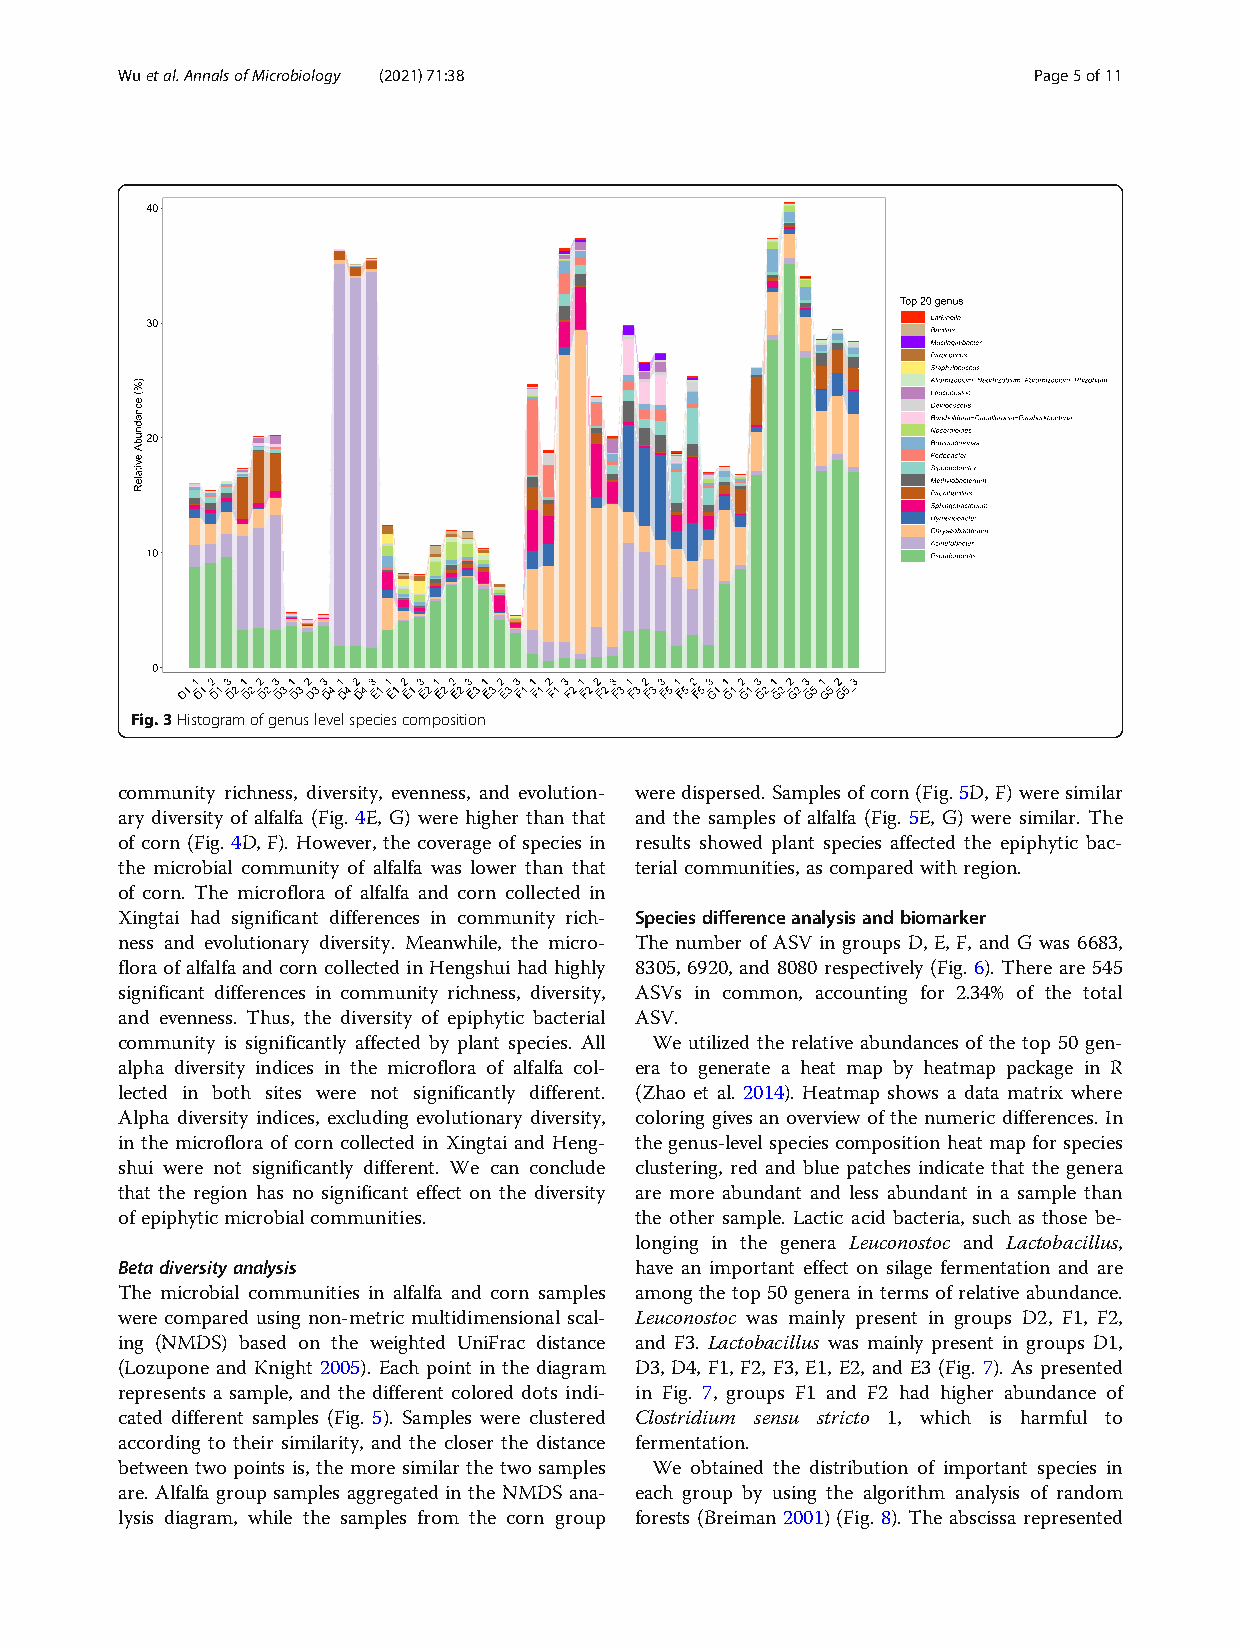
Wuetal.AnnalsofMicrobiology (2021) 71:38                    Page5of11
 Fig.3Histogramofgenuslevelspeciescomposition
 community richness, diversity, evenness, and evolution- were dispersed.Samplesof corn(Fig.5D, F) were similar
 ary diversity of alfalfa (Fig. 4E, G) were higher than that and the samples of alfalfa (Fig. 5E, G) were similar. The
 of corn (Fig. 4D, F). However, the coverage of species in results showed plant species affected the epiphytic bac-
 the microbial community of alfalfa was lower than that terial communities, ascomparedwith region.
 of corn. The microflora of alfalfa and corn collected in
 Xingtai had significant differences in community rich- Speciesdifferenceanalysisandbiomarker
 ness and evolutionary diversity. Meanwhile, the micro- The number of ASV in groups D, E, F, and G was 6683,
 floraofalfalfa andcorn collected inHengshuihad highly 8305, 6920, and 8080 respectively (Fig. 6). There are 545
 significant differences in community richness, diversity, ASVs in common, accounting for 2.34% of the total
 and evenness. Thus, the diversity of epiphytic bacterial ASV.
 community is significantly affected by plant species. All We utilized the relative abundances of the top 50 gen-
 alpha diversity indices in the microflora of alfalfa col- era to generate a heat map by heatmap package in R
 lected in both sites were not significantly different. (Zhao et al. 2014). Heatmap shows a data matrix where
 Alpha diversity indices, excluding evolutionary diversity, coloring gives an overview of the numeric differences. In
 in the microflora of corn collected in Xingtai and Heng- the genus-level species composition heat map for species
 shui were not significantly different. We can conclude clustering, red and blue patches indicate that the genera
 that the region has no significant effect on the diversity are more abundant and less abundant in a sample than
 ofepiphytic microbialcommunities. the other sample. Lactic acid bacteria, such as those be-
 longing in the genera Leuconostoc and Lactobacillus,
 Betadiversityanalysis             have an important effect on silage fermentation and are
 The microbial communities in alfalfa and corn samples among the top 50 genera in terms of relative abundance.
 were compared using non-metric multidimensional scal- Leuconostoc was mainly present in groups D2, F1, F2,
 ing (NMDS) based on the weighted UniFrac distance and F3. Lactobacillus was mainly present in groups D1,
 (Lozupone and Knight 2005). Each point in the diagram D3, D4, F1, F2, F3, E1, E2, and E3 (Fig. 7). As presented
 represents a sample, and the different colored dots indi- in Fig. 7, groups F1 and F2 had higher abundance of
 cated different samples (Fig. 5). Samples were clustered Clostridium sensu stricto 1, which is harmful to
 according to their similarity, and the closer the distance fermentation.
 between two points is, the more similar the two samples We obtained the distribution of important species in
 are. Alfalfa group samples aggregated in the NMDS ana- each group by using the algorithm analysis of random
 lysis diagram, while the samples from the corn group forests (Breiman 2001) (Fig. 8). The abscissa represented